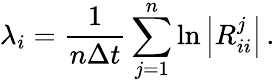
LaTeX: \lambda_{i}=\frac{1}{n\Delta t}\sum_{j=1}^{n}\ln{\left|R_{ii}^{j}\right|}\, .